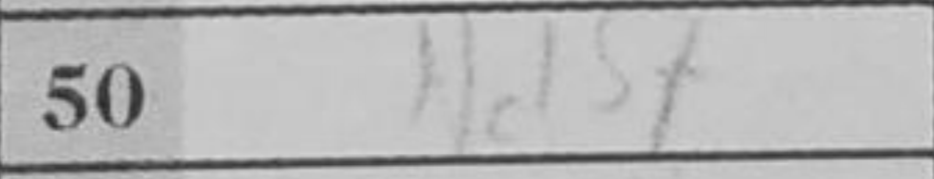
Transcription: Nd5+